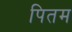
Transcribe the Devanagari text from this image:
पितम